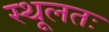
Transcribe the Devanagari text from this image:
स्थूलतः